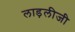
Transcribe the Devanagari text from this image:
लाड़लीजी